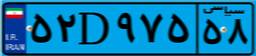
۵۲D۹۷۵۵۸